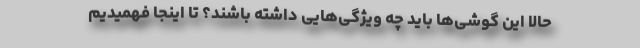
حالا این گوشی‌ها باید چه ویژگی‌هایی داشته باشند؟ تا اینجا فهمیدیم